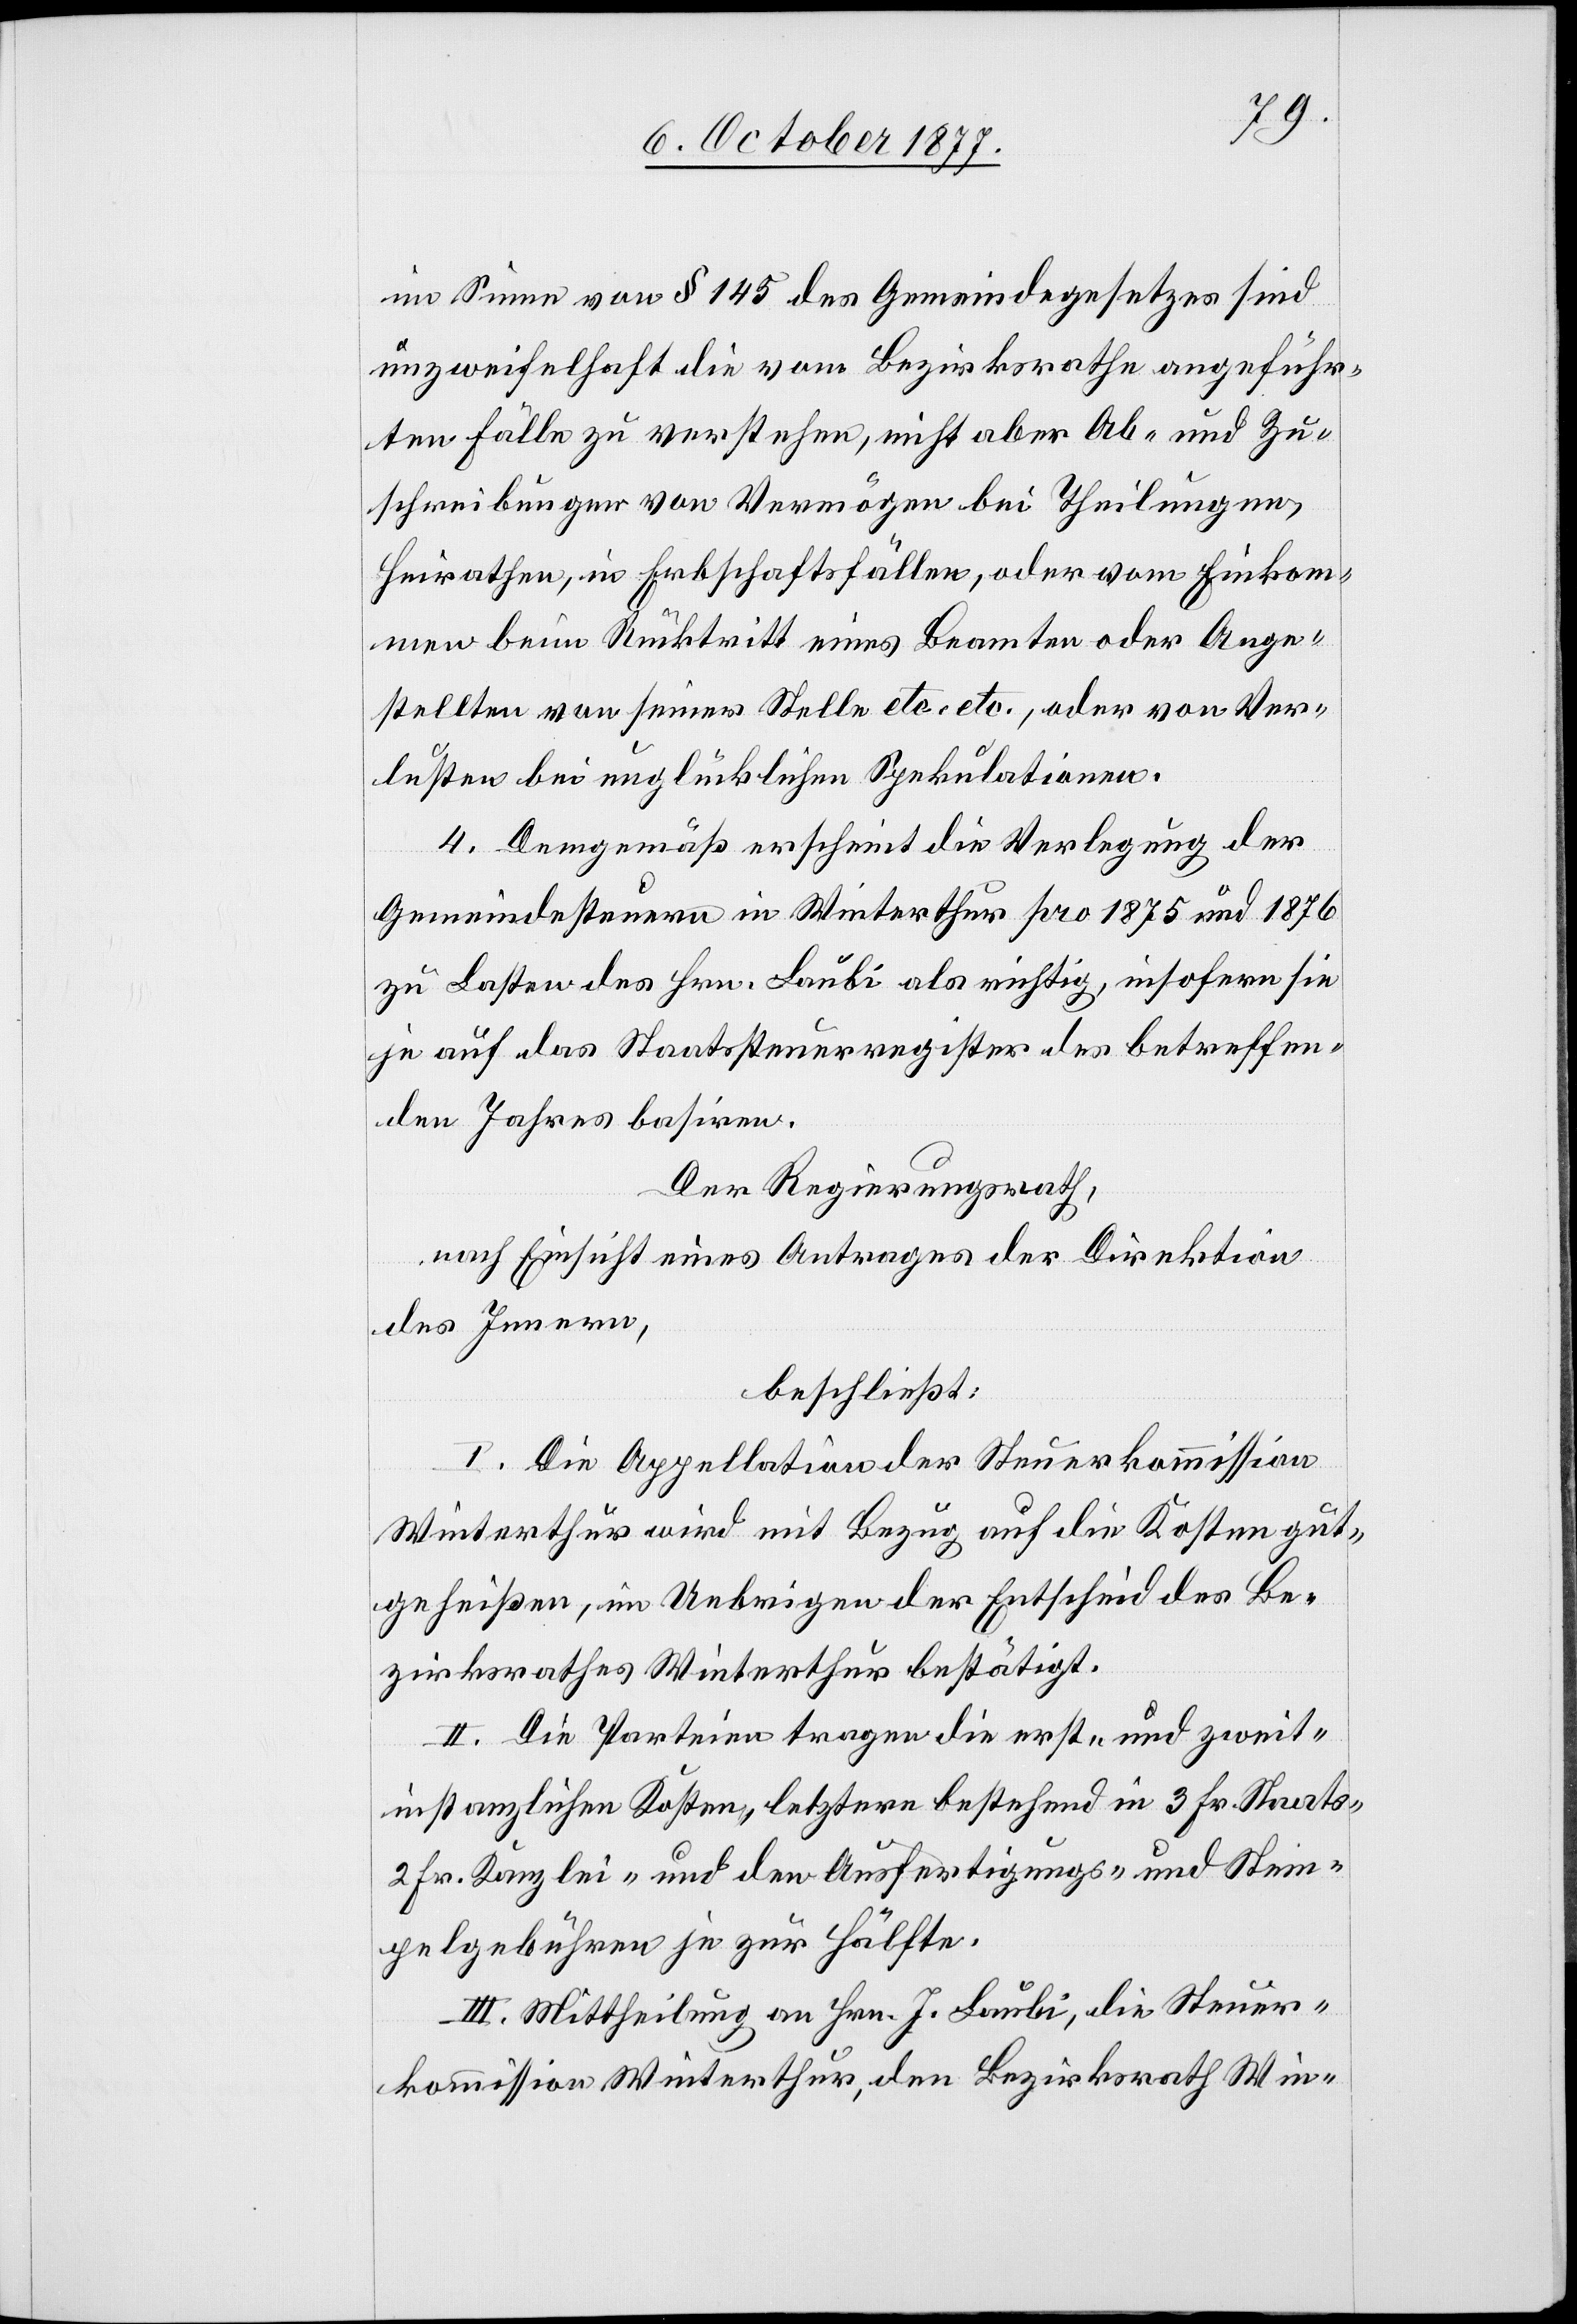
im Sinne von § 145 des Gemeindegesetzes sind
unzweifelhaft die vom Bezirksrathe angeführ¬
ten Fälle zu verstehen, nicht aber Ab- und Zu¬
schreibungen von Vermögen bei Theilungen,
Heirathen, in Erbschaftsfällen, oder vom Einkom¬
men beim Rücktritt eines Beamten oder Ange¬
stellten von seiner Stelle etc. etc. [sic!], oder von Ver¬
lusten bei unglücklichen Spekulationen.
4. Demgemäß erscheint die Verlegung der
Gemeindesteuern in Winterthur pro 1875 und 1876
zu Lasten des Hrn. Laubi als richtig, insofern sie
je auf das Staatssteuerregister des betreffen¬
den Jahres basiren.
Der Regierungsrath,
nach Einsicht eines Antrages der Direktion
des Innern,
beschließt:
I. Die Appellation der Steuerkommission
Winterthur wird mit Bezug auf die Kosten gut¬
geheißen, im Uebrigen der Entscheid des Be¬
zirksrathes Winterthur bestätigt.
II. Die Parteien tragen die erst- und zweit¬
instanzlichen Kosten, letztere bestehend in 3 Fr. Staats-[,]
2 Fr. Kanzlei- und den Ausfertigungs- und Stem¬
pelgebühren je zur Hälfte.
III. Mittheilung an Hrn. J. Laubi, die Steuer¬
kommission Winterthur, den Bezirksrath Win-